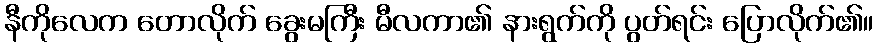
နီကိုလေက တောလိုက် ခွေးမကြီး မီလကာ၏ နားရွက်ကို ပွတ်ရင်း ပြောလိုက်၏။